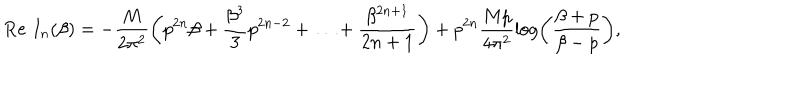
LaTeX: \mathrm { R e } \, \, I _ { n } ( \beta ) = - \frac { M } { 2 { \pi ^ { 2 } } } \left( p ^ { 2 n } \beta + \frac { \beta ^ { 3 } } { 3 } p ^ { 2 n - 2 } + \ldots + \frac { \beta ^ { 2 n + 1 } } { 2 n + 1 } \right) + { p ^ { 2 n } } \frac { M p } { 4 { \pi ^ { 2 } } } \log \left( \frac { \beta + p } { \beta - p } \right) ,